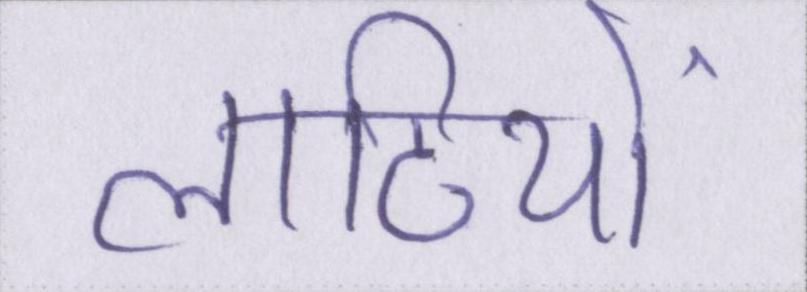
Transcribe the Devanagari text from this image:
लाठियों